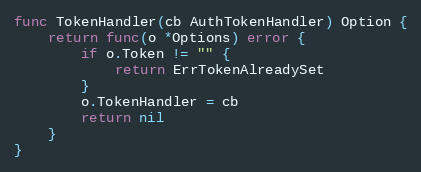
Language: Go
func TokenHandler(cb AuthTokenHandler) Option {
	return func(o *Options) error {
		if o.Token != "" {
			return ErrTokenAlreadySet
		}
		o.TokenHandler = cb
		return nil
	}
}